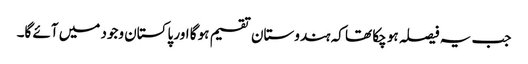
جب یہ فیصلہ ہو چکا تھا کہ ہندوستان تقسیم ہو گا اور پاکستان وجود میں آئے گا۔